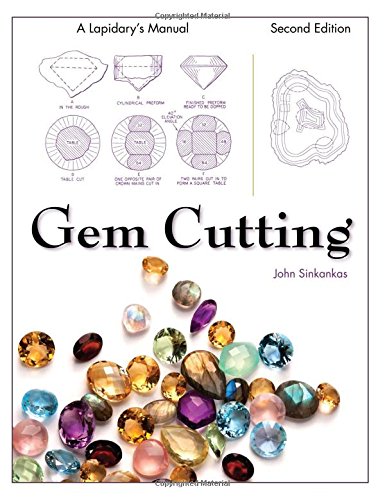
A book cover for Gem Cutting: A Lapidary's Manual, 2nd Edition; John Sinkankas; Science & Math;